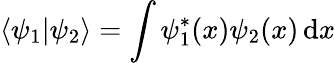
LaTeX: \langle\psi_{1}|\psi_{2}\rangle=\int\psi_{1}^{\ast}(x)\psi_{2}(x)\, \mathrm{d}x